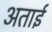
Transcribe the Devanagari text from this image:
अताई